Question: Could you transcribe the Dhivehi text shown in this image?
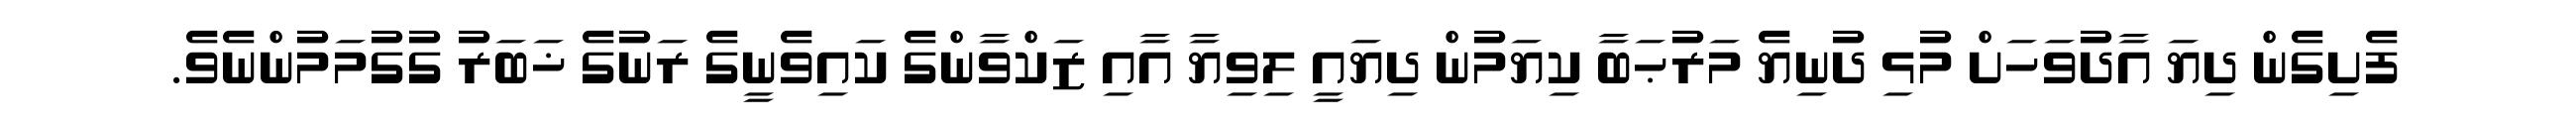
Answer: ފެށިގެން ދިޔަ އާދުވަހަށް މުޅި ދުނިޔެ މަރުޙަބާ ކިޔަމުން ދިޔައީ ލިވިޔާ އާއި ޒަކްވާންގެ ކައިވެނީގެ ރަނުގެ ޚަބަރު ގުގުމަމުންނެވެ.